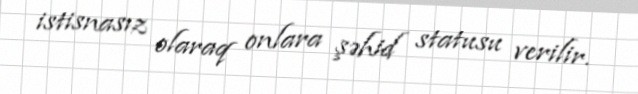
istisnasız olaraq onlara şəhid statusu verilir.